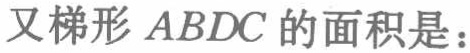
又梯形 \(ABDC\) 的面积是：